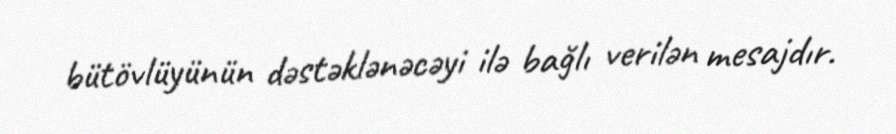
bütövlüyünün dəstəklənəcəyi ilə bağlı verilən mesajdır.